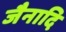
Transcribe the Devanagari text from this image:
जैनादि